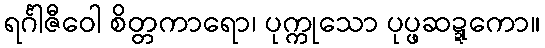
ရင်္ဂါဇီဝေါ စိတ္တကာရော၊ ပုက္ကုသော ပုပ္ဖဆဍ္ဍကော။